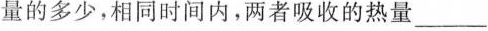
量的多少，相同时间内，两者吸收的热量________